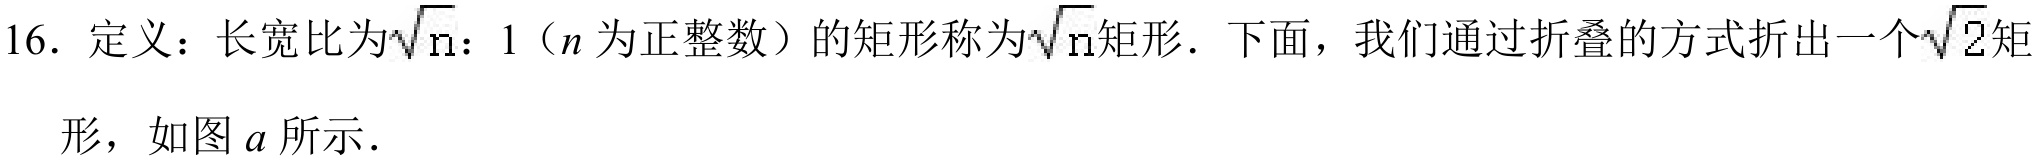
16. 定义：长宽比为\(\sqrt{n}:1\)（\(n\)为正整数）的矩形称为\(\sqrt{n}\)矩形．下面，我们通过折叠的方式折出一个\(\sqrt{2}\)矩形，如图\(a\)所示．